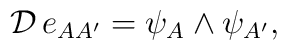
{\cal{D}}\,e_{AA'}=\psi_{A}\wedge\psi_{A'},